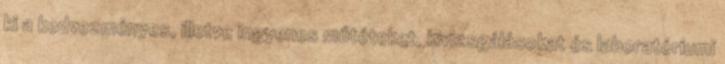
ki a kedvezményes, illetve ingyenes műtéteket, kivizsgálásokat és laboratóriumi